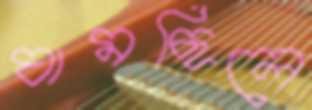
ঘামছিলে